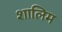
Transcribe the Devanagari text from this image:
शालिम